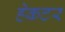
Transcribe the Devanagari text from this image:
हेकटर